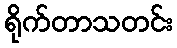
ရိုက်တာသတင်း